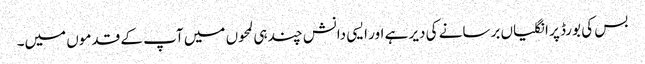
بس کی بورڈ پر انگلیاں برسانے کی دیر ہے اور ایسی دانش چند ہی لمحوں میں‌ آپ کے قدموں میں۔